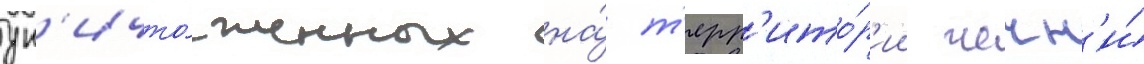
ун'ичто́женных на́ т'ерр'ито́р'ии чечн'и́